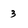
Character: 3